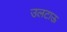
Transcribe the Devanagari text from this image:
उलटाऊ